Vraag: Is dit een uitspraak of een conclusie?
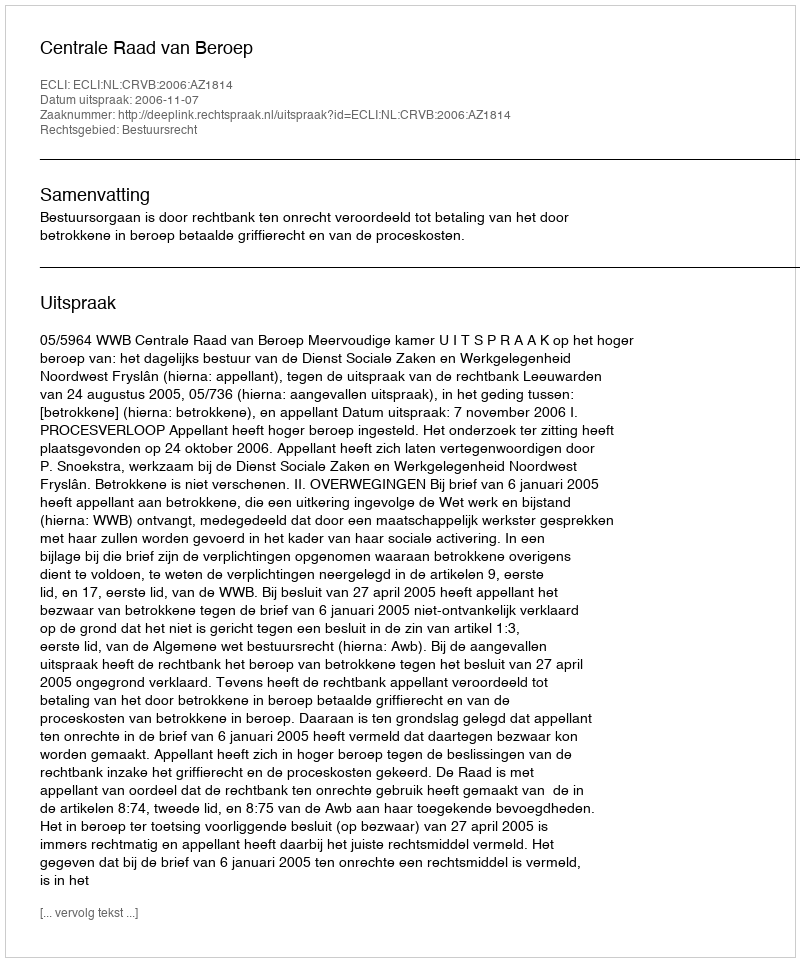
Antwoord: Uitspraak